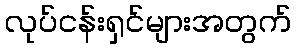
လုပ်ငန်းရှင်များအတွက်